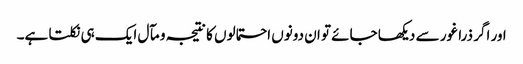
اور اگر ذرا غور سے دیکھا جائے تو ان دونوں احتمالوں کا نتیجہ و مآل ایک ہی نکلتا ہے۔